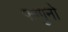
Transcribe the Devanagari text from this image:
फग्गुनो